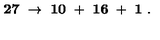
{ \bf 2 7 } \ \to \ { \bf 1 0 } \ + \ { \bf 1 6 } \ + \ { \bf 1 } \ .